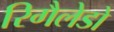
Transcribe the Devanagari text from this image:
रिगैलेडो